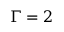
\Gamma = 2